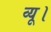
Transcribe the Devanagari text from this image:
व्यू।